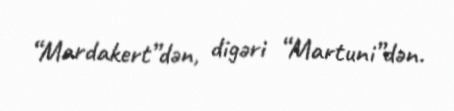
“Mardakert”dən, digəri “Martuni”dən.